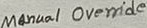
Text: Manual Override